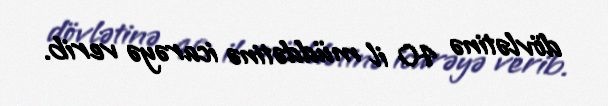
dövlətinə 40 il müddətinə icarəyə verib.